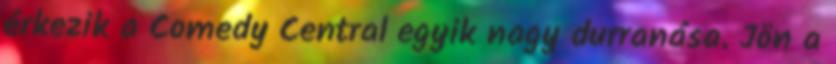
érkezik a Comedy Central egyik nagy durranása. Jön a